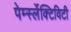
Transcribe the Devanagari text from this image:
पेर्म्स्लेक्टिविटी